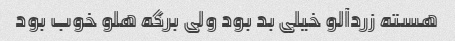
هسته زردآلو خیلی بد بود ولی برگه هلو خوب بود